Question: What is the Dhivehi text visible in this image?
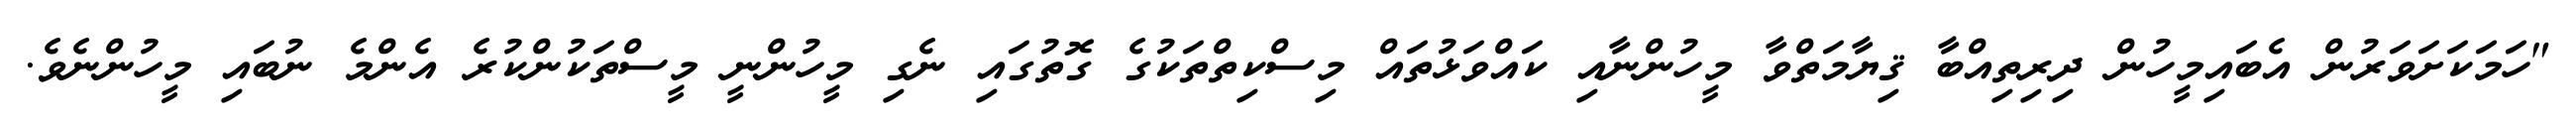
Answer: "ހަމަކަށަވަރުން އެބައިމީހުން ދިރިތިއްބާ ޤިޔާމަތްވާ މީހުންނާއި ކައްވަޅުތައް މިސްކިތްތަކުގެ ގޮތުގައި ނެގި މީހުންނީ މީސްތަކުންކުރެ އެންމެ ނުބައި މީހުންނެވެ.